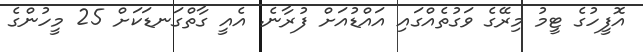
އޮފީހުގެ ޓީމު މިރޭގެ ވަގުތެއްގައި އައްޑުއަށް ފުރާނެ. އެއީ ގާތްގަނޑަކަށް 25 މީހުންގެ